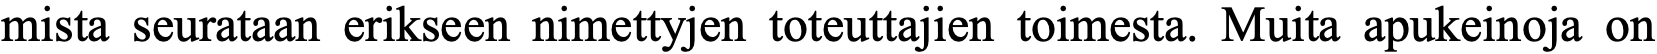
mista seurataan erikseen nimettyjen toteuttajien toimesta. Muita apukeinoja on